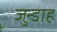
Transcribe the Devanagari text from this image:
जुन्डाह